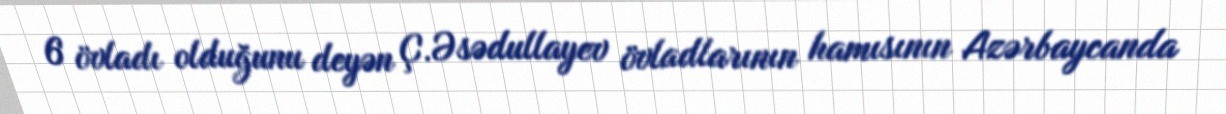
6 övladı olduğunu deyən Ç.Əsədullayev övladlarının hamısının Azərbaycanda